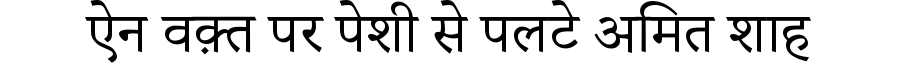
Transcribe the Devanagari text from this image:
ऐन वक़्त पर पेशी से पलटे अमित शाह